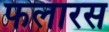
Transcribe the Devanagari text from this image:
फलारस